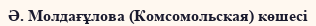
Ә. Молдағұлова (Комсомольская) көшесі